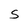
Character: S